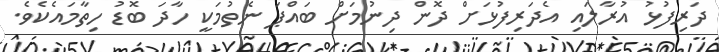
ދަރިފުޅު އުރާލައި އެދަރިފުޅަށް ދޮން ދިނުމަށް ބައްޕަ ނެތުމަކީ ހާދަ ބޮޑު ހިތާމައެކެވެ.